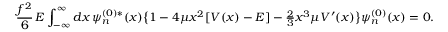
\frac { f ^ { 2 } } { 6 } \, E \int _ { - \infty } ^ { \infty } d x \, \psi _ { n } ^ { ( 0 ) * } ( x ) \bigl \{ 1 - 4 \mu x ^ { 2 } [ V ( x ) - E ] - { \textstyle \frac { 2 } { 3 } } x ^ { 3 } \mu V ^ { \prime } ( x ) \bigr \} \psi _ { n } ^ { ( 0 ) } ( x ) = 0 .